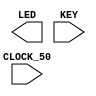

//=======================================================
//  This code is generated by Terasic System Builder
//=======================================================

module DE0_NANO_TEST(

	//////////// CLOCK //////////
	CLOCK_50,

	//////////// LED //////////
	LED,

	//////////// KEY //////////
	KEY 
);

//=======================================================
//  PARAMETER declarations
//=======================================================


//=======================================================
//  PORT declarations
//=======================================================

//////////// CLOCK //////////
input 		          		CLOCK_50;

//////////// LED //////////
output		     [7:0]		LED;

//////////// KEY //////////
input 		     [1:0]		KEY;


//=======================================================
//  REG/WIRE declarations
//=======================================================




//=======================================================
//  Structural coding
//=======================================================



endmodule